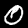
Digit: 0